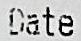
DATE